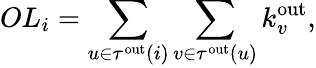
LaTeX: OL_{i}=\sum_{u\in\tau^{\mathrm{out}}(i)}\sum_{v\in\tau^{\mathrm{out}}(u)}k_{v}^{\mathrm{out}},